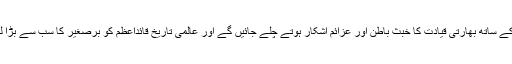
مجھے یقین ہے کہ وقت گزرنے کے ساتھ بھارتی قیادت کا خبثِ باطن اور عزائم آشکار ہوتے چلے جائیں گے اور عالمی تاریخ قائداعظم کو برصغیر کا سب سے بڑا لیڈر، عظیم ترین قائد قرار دے گی۔